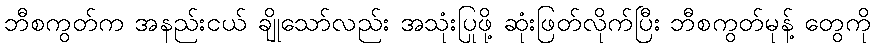
ဘီစကွတ်က အနည်းငယ် ချိုသော်လည်း အသုံးပြုဖို့ ဆုံးဖြတ်လိုက်ပြီး ဘီစကွတ်မုန့် တွေကို